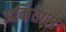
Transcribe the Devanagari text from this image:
अर्कितास